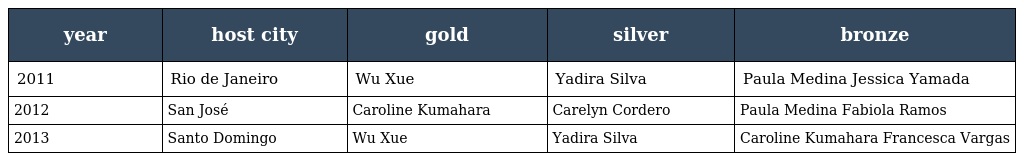
| year | host city | gold | silver | bronze |
 | --- | --- | --- | --- | --- |
 | 2011 | Rio de Janeiro | Wu Xue | Yadira Silva | Paula Medina Jessica Yamada |
 | 2012 | San José | Caroline Kumahara | Carelyn Cordero | Paula Medina Fabiola Ramos |
 | 2013 | Santo Domingo | Wu Xue | Yadira Silva | Caroline Kumahara Francesca Vargas |